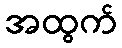
အထွက်